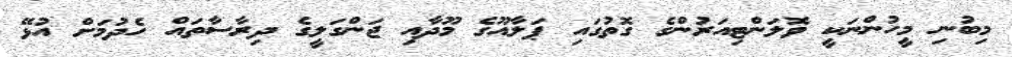
މިބުނި މީހުންނަކީ ވޮލަންޓިއަރުންގެ ގޮތުގައި ޕަލާއޫގެ މޫދާއި ޖަންގަލީގެ ދިރާސާތައް ހެދުމަށް އުޅޭ